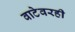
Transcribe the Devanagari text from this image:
वाटेवरही